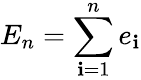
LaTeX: E_{n}=\sum_{\mathbf{i}=1}^{n}e_{\mathbf{i}}